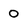
Character: 0